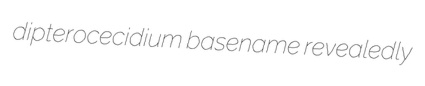
dipterocecidium basename revealedly